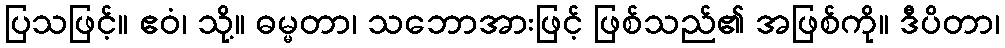
ပြသဖြင့်။ ဧဝံ၊ သို့။ ဓမ္မတာ၊ သဘောအားဖြင့် ဖြစ်သည်၏ အဖြစ်ကို။ ဒီပိတာ၊